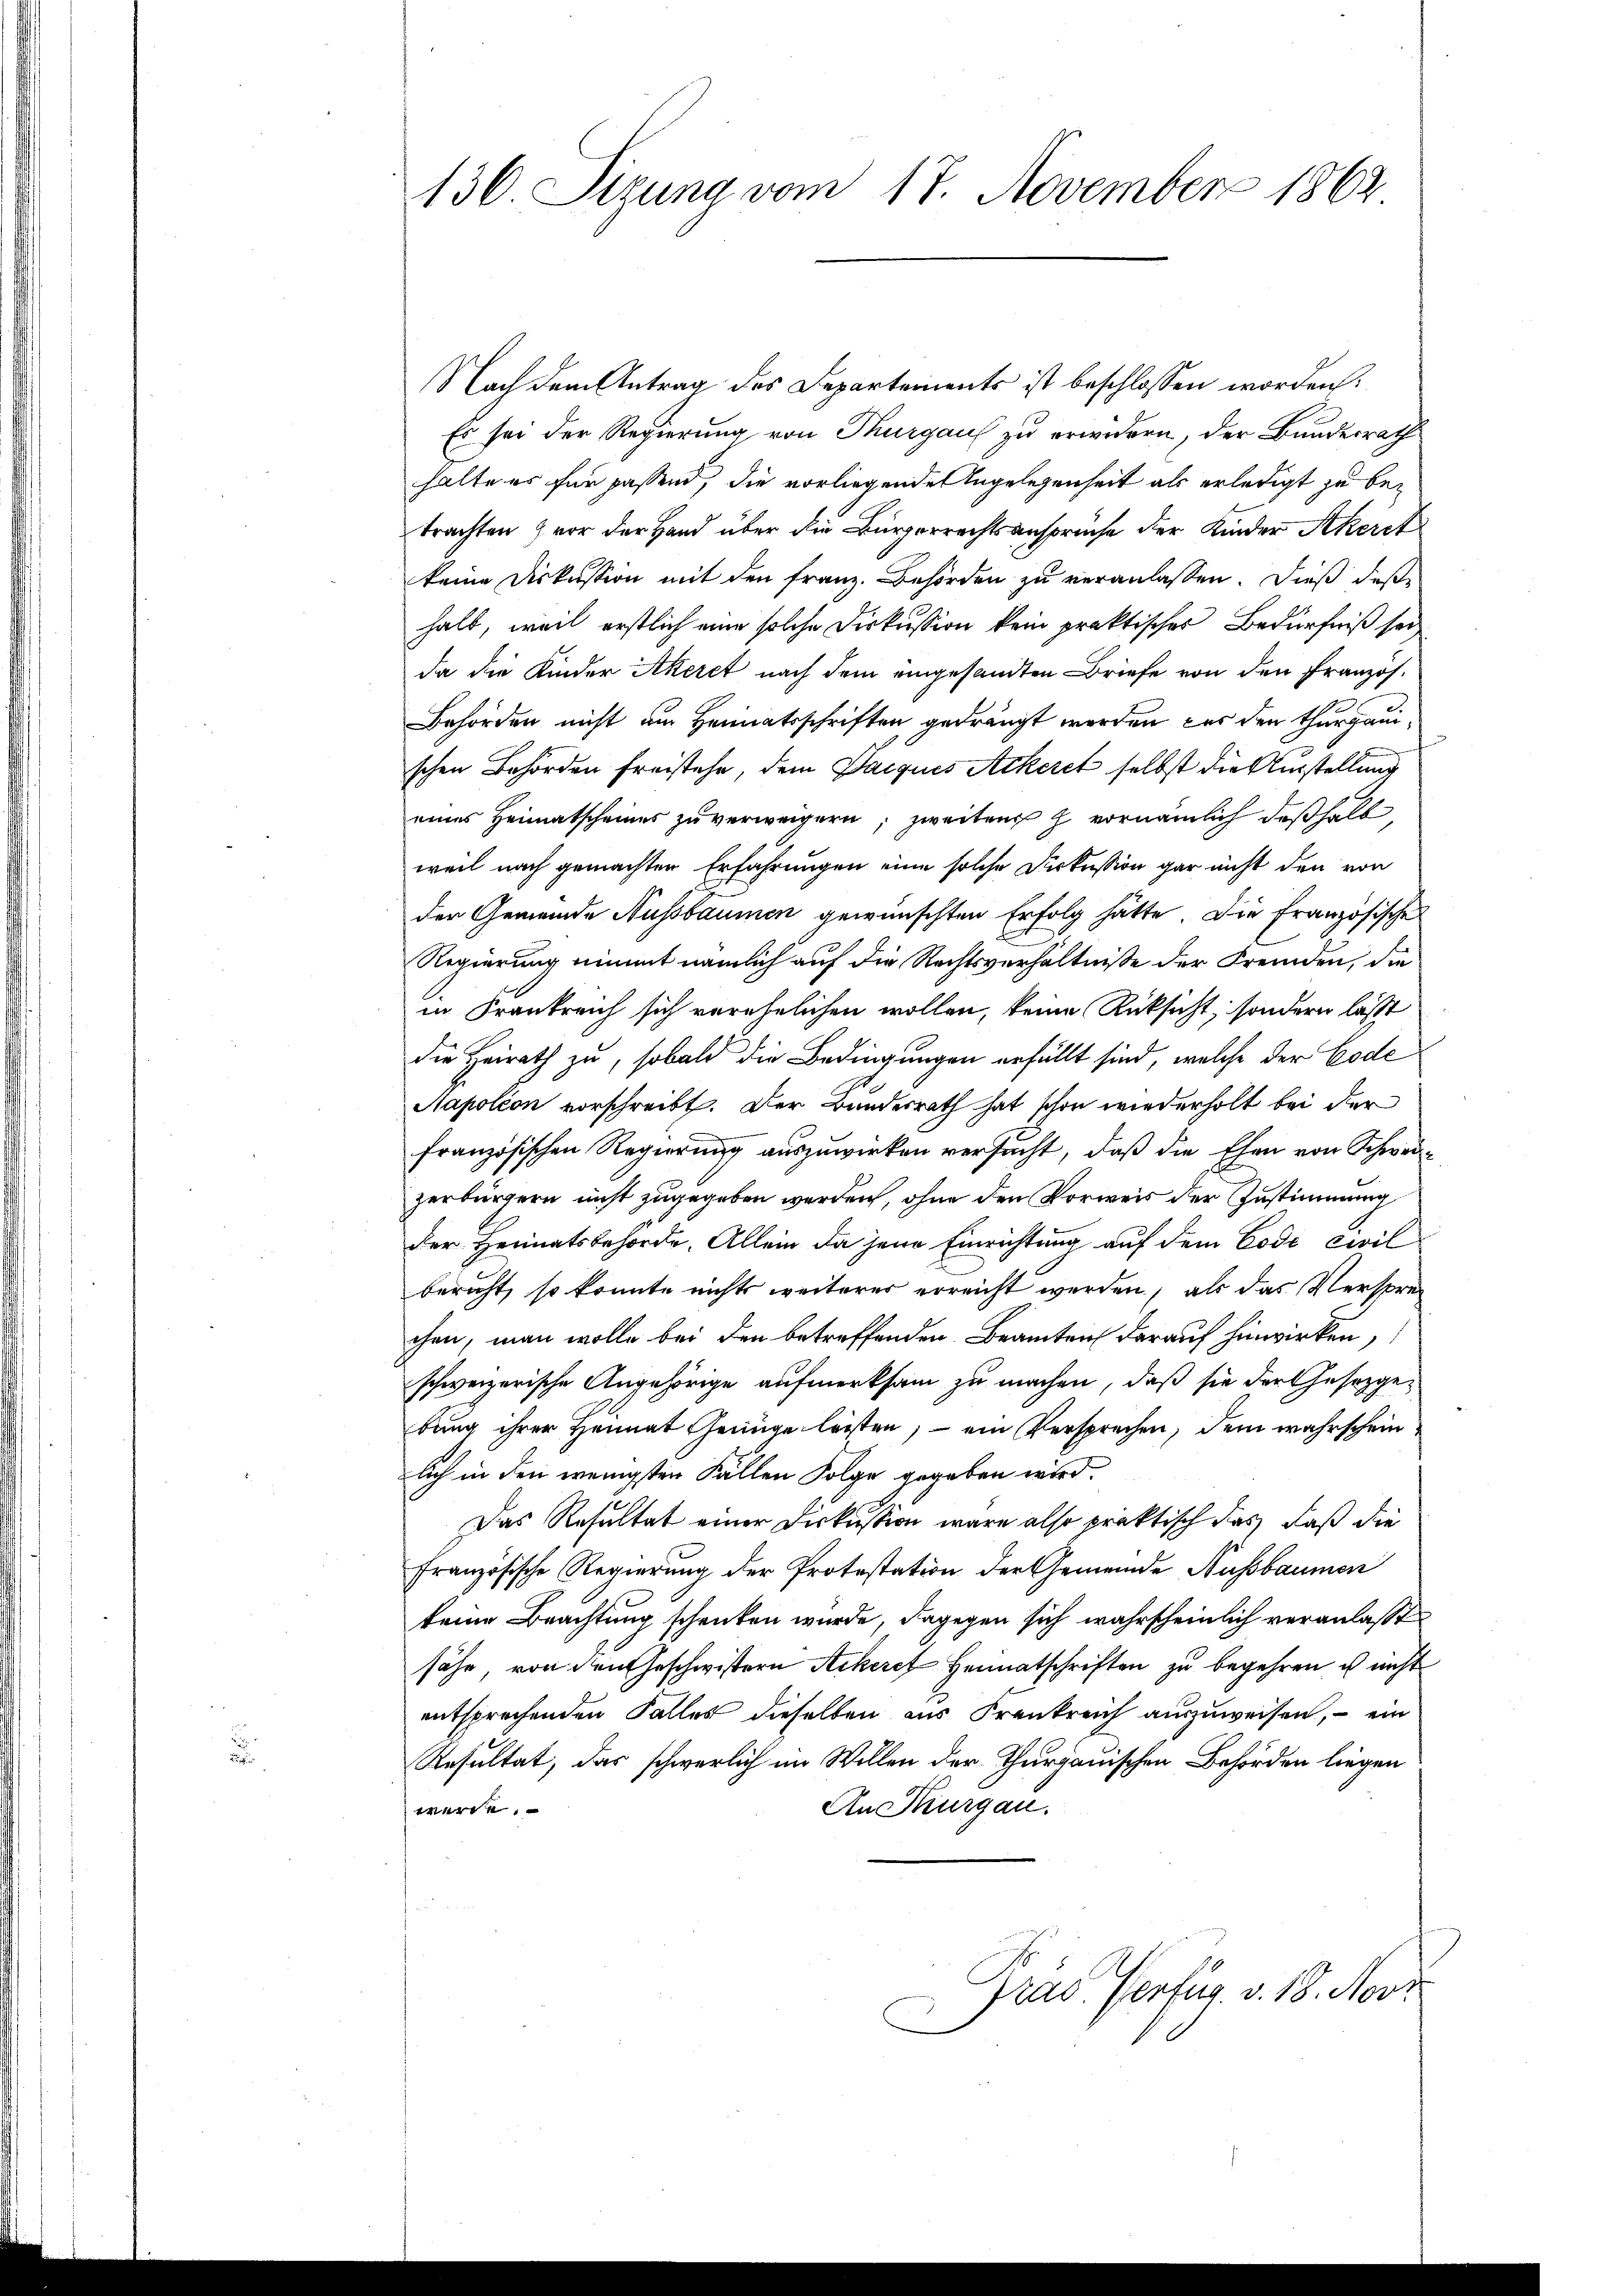
136. Sizung vom 17. November 1862

Nach dem Antrag des Departements ist beschlossen worden.
Es sei der Regierung von Thurgau zu erwidern, der Bundesrath
halte es für passend, die vorliegende Angelegenheit als erledigt zu betrachten vor der Hand über die Bürgerrechtsansprüche der Kinder Akerst
keine Diskussion mit den Franz. Behörden zu veranlassen. Dieß dasse
halb, weil erstlich eine solche Diskussion kein praktischer Bedürfniß sei
da die Kinder Akeret nach dem eingesandten Briefe von den Französ.
Behörden nicht am Heimatsschriften gedrängt werden, das den Thurgauschen Behörden freistehe, dem Jacquis Ackeret selbst die Ausstellung
eines Heimatscheines zu verweigern; zweitens z. vornämlich deßhalb
weil nach gemachten Erfahrungen eine solche Diskussion gar nicht den von
der Gemeinde Aussbaumen gewünschten Erfolg hätte. Die französische
Regierung nimmt nämlich auf die Rechtsverhältnisse der Fremden, die
in Frankreich sich verehelichen wollen, keine Rücksicht, sondern lässt
die Heirath zu, sobald die Bedingungen erfüllt sind, welche der Code
Aapoléon vorschreibt. Der Bundesrath hat schon wiederholt bei der
französischen Regierung auszuwirken versucht, daß die Ehen von Schweizerbürgern nicht zugegeben werden, ohne den Vorweis der Zustimmung
der Heimatsbehörde. Allein da jene Einrichtung auf dem Code civil
bericht, so konnte nichts weiteres erreicht werden, als das Versprechen, man wolle bei den betreffenden Beamten darauf hinwirken,
schweizerische Angehörige aufmerksam zu machen, daß sie der Gesetzgebung ihrer Heimat Genüge leisten; – ein Versprechen, dem wahrschein
lich in den wenigsten Fällen Folge gegeben wird.
Das Resultat einer Diskussion wäre also praktisch das daß die
französische Regierung der Protestation der Gemeinde Aussbaumen
keine Beachtung schenken wurde, dagegen sich wahrscheinlich veranlasst
sähe, von den Geschwistern Ackeref Heimatschriften zu begehren ist nicht
entsprechenden Falles dieselben aus Frankreich auszuweisen, – ein
Resultat, das schwerlich im Willen der Thurgauischen Behörden liegen
An Thurgau.
werde
rad. Verfug. v. 18. Nove